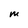
Character: M